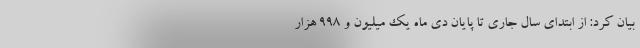
بیان کرد: از ابتدای سال جاری تا پایان دی ماه یک میلیون و ۹۹۸ هزار